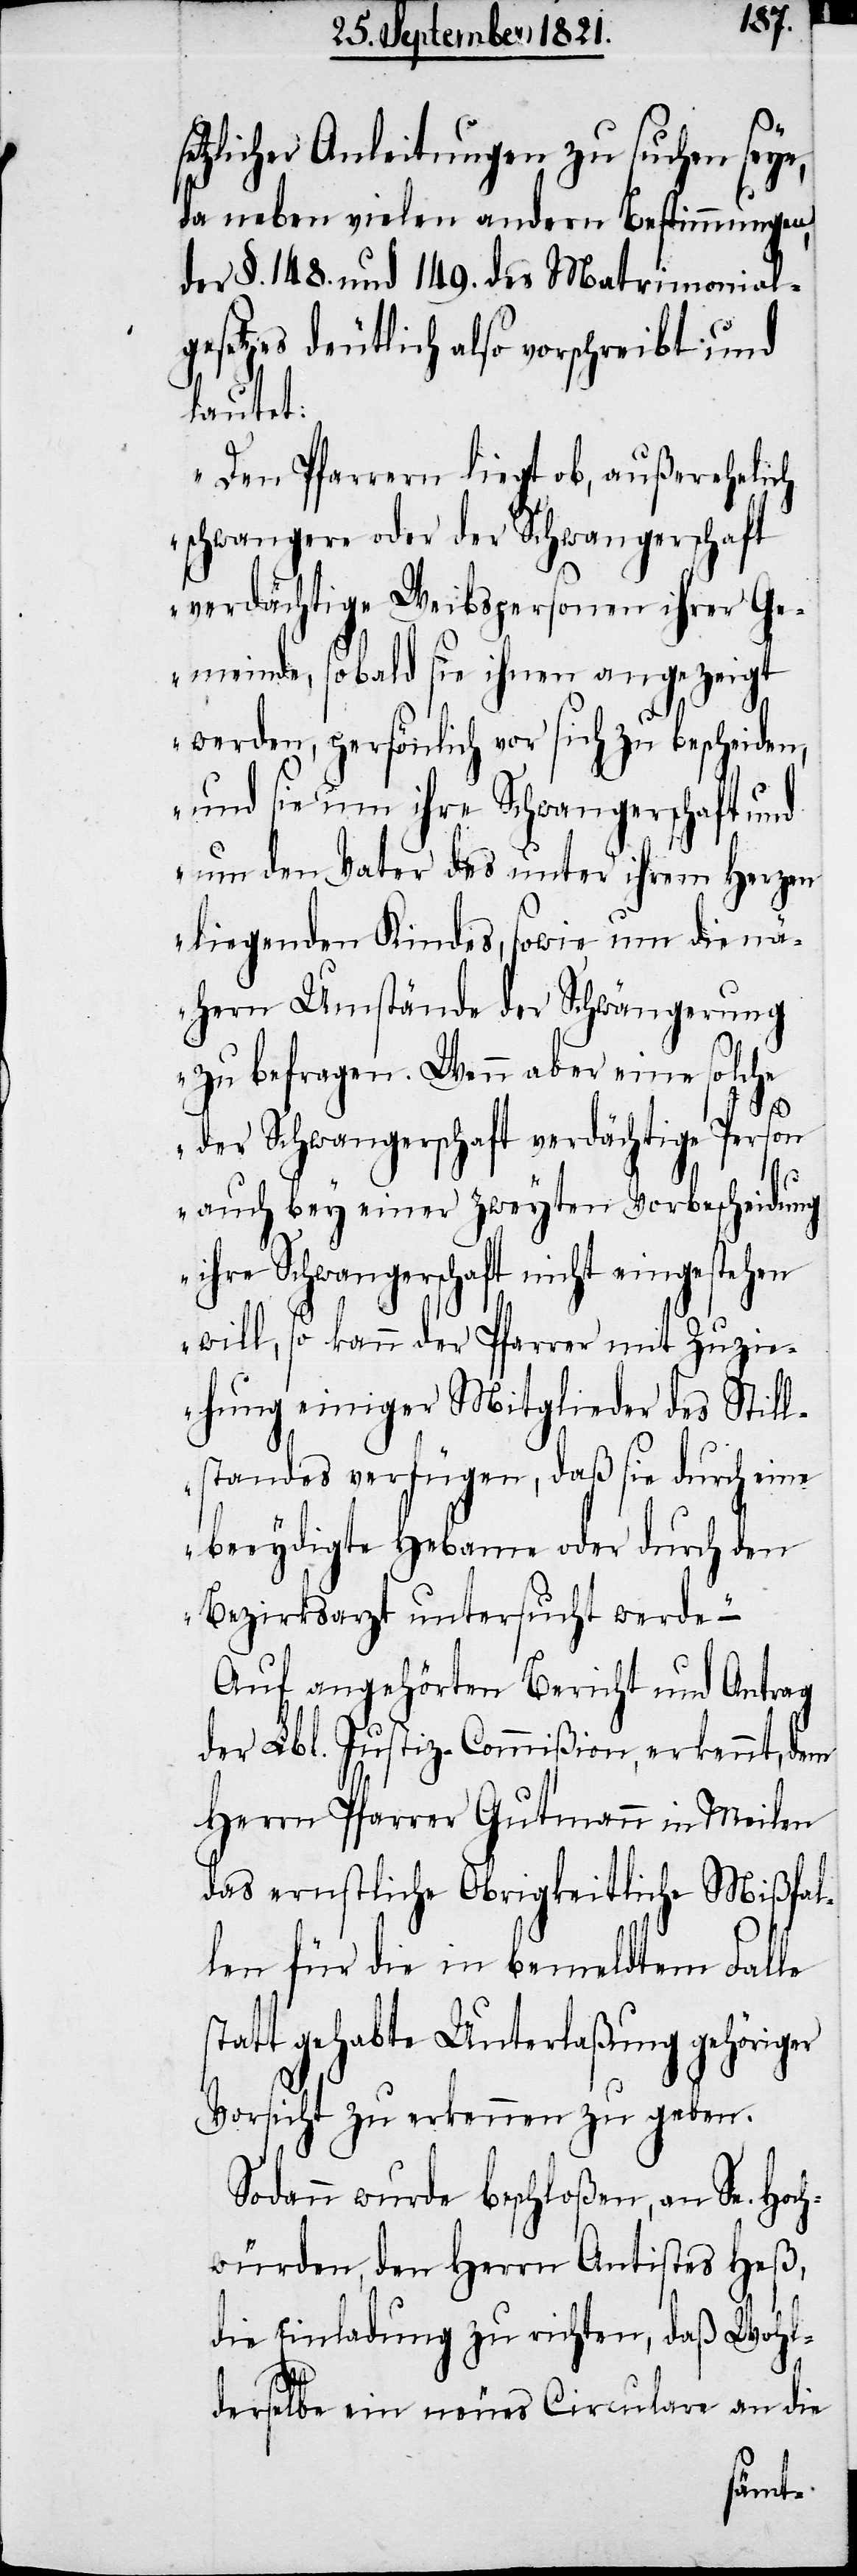
etzlicher Anleitungen zu suchen seye,
da neben vielen andern Bestimmungen
der §. 148. und 149. des Matrimonial¬
gesetzes deutlich also vorschreibt und
lautet:
„Den Personen liegt ob, außerehelich
schwangere oder der Schwangerschaft
verdächtige Weibspersonen ihrer Ge¬
meinde, sobald sie ihnen angezeigt
werden, persönlich vor sich zu bescheiden,
und sie um ihre Schwangerschaft und
um den Vater des unter ihrem Herzen
liegenden Kindes, sowie um die nä¬
hern Umstände der Schwängerung
zu befragen. Wenn aber eine solche
der Schwangerschaft verdächtige Person
s¬
auch bey einer zweyten Vorbescheidung
ihre Schwangerschaft nicht eingestehen
will, so kann der Pfarrer mit Zuzi¬
ehung einiger Mitglieder des Still¬
standes verfügen, daß sie durch eine
beeydigte Hebame oder durch den
Bezirksarzt untersucht werde“
Auf angehörten Bericht und Antrag
der Lbl. Justiz-Commißion, erkennt, dem
Herrn Pfarrer Gutmann in Meilen
das ernstliche Obrigkeitliche Mißfal¬
len für die in bemeldtem Falle
statt gehabte Unterlaßung gehöriger
Vorsicht zu erkennen zu geben.
Sodann wurde beschloßen, an Se. Hoch¬
würden, den Herrn Antistes Heß,
die Einladung zu richten, daß Wohl¬
derselbe ein neues Circulare an die